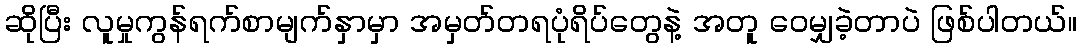
ဆိုပြီး လူမှုကွန်ရက်စာမျက်နှာမှာ အမှတ်တရပုံရိပ်တွေနဲ့ အတူ ဝေမျှခဲ့တာပဲ ဖြစ်ပါတယ်။